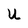
Character: U